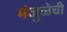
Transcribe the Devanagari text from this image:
मंजुळेची